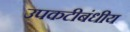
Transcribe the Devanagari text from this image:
उपकटीबंधीय